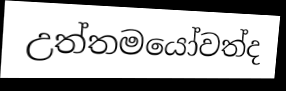
උත්තමයෝවත්ද